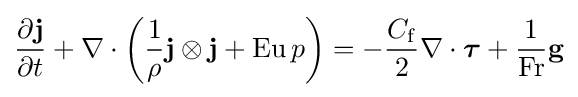
{\frac {\partial \mathbf {j} }{\partial t}}+\nabla \cdot \left({\frac {1}{\rho }}\mathbf {j} \otimes \mathbf {j} +\mathrm {Eu} \,p\right)=-{\frac {C_{\mathrm {f} }}{2}}\nabla \cdot {\boldsymbol {\tau }}+{\frac {1}{\mathrm {Fr} }}\mathbf {g}